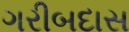
ગરીબદાસ